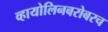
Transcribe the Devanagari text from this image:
व्हायोलिनबरोबरच